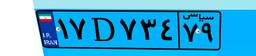
۱۷D۷۳۴۷۹